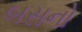
બસનો